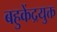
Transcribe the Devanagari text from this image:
बहुकेंद्रयुक्त